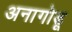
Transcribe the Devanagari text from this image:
अनागोडू